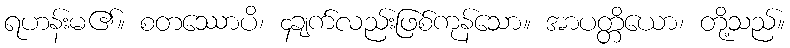
ရဟန်းမ၏။ စတဿောပိ၊ ၄ချက်လည်းဖြစ်ကုန်သော။ အာပတ္တိယော၊ တို့သည်။